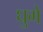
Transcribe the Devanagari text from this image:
घुगे